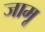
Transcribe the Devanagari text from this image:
जामू